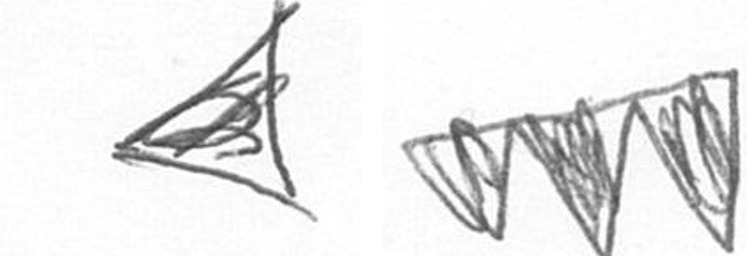
O L